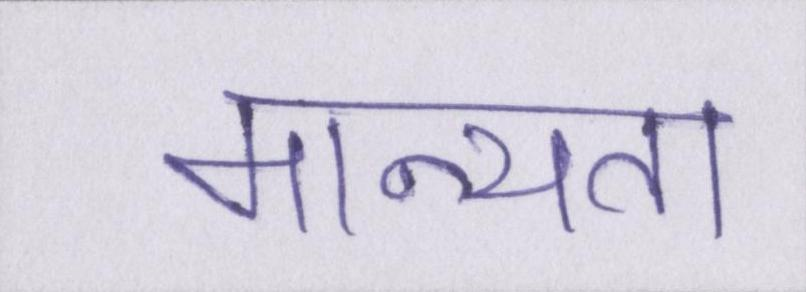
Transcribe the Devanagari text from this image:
मान्यता